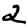
Digit: 2